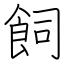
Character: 飼